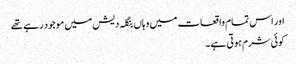
اور اس تمام واقعات میں وہاں بنگلہ دیش میں موجود رہے تھے
کوئی شرم ہوتی ہے ۔